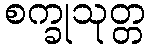
စက္ခုသုတ္တ